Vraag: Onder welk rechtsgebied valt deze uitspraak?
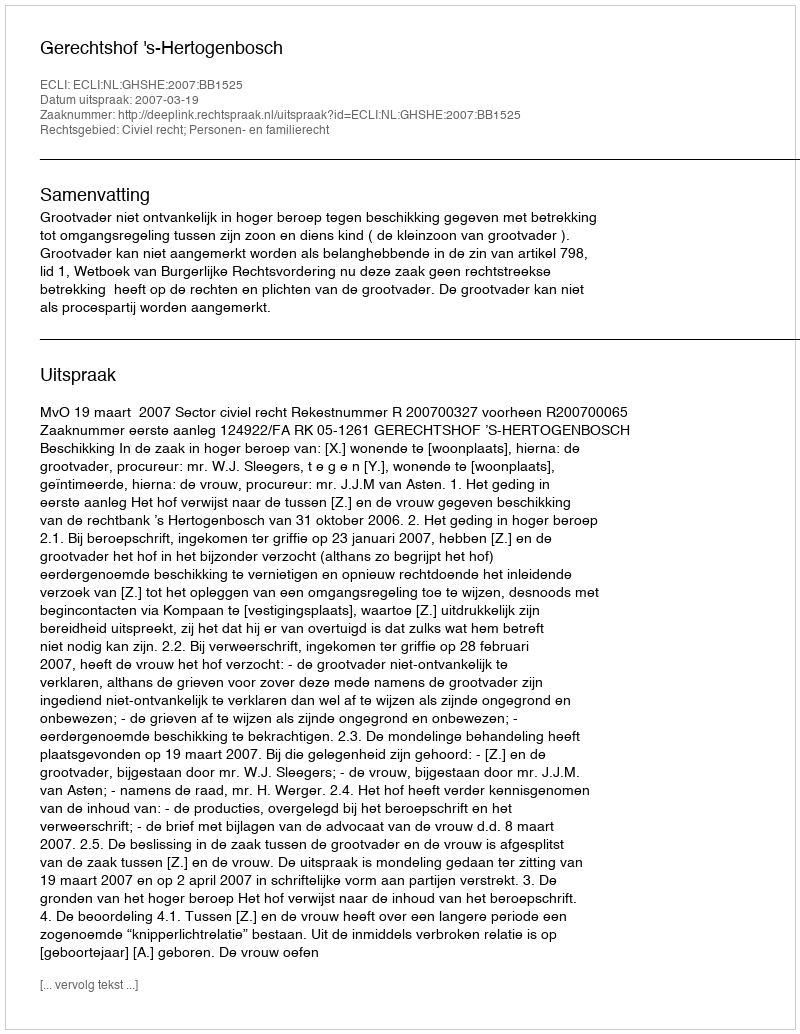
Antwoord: Civiel recht; Personen- en familierecht